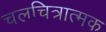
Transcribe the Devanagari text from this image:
चलचित्रात्मक